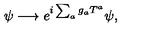
\psi \longrightarrow e ^ { i \sum _ { a } g _ { a } T ^ { a } } \psi ,